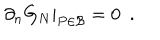
\partial _ { n } G _ { N } | _ { P \in { \cal B } } = 0 ~ ~ .